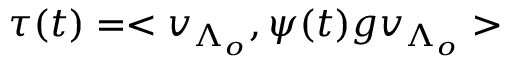
\tau ( t ) = < v _ { \Lambda _ { o } } , \psi ( t ) g v _ { \Lambda _ { o } } >